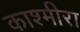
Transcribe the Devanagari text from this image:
काश्मीरा